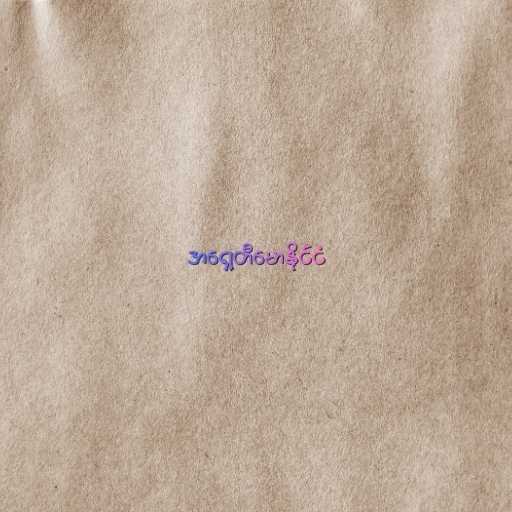
အရှေ့တီမောနိုင်ငံ